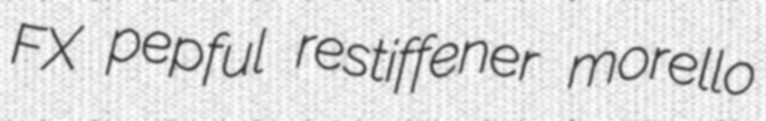
FX pepful restiffener morello